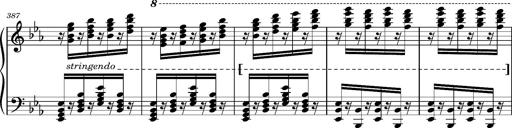
Title: Magyar rapszÃ³diÃ¡k
Composer: Franz Liszt